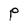
Character: P